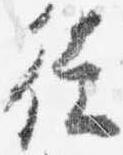
徒